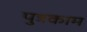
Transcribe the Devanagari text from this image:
पुत्रकाम